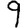
Digit: 9